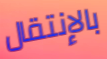
بالإنتقال